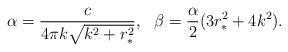
LaTeX: \begin{align*}\alpha=\frac{c}{4\pi k\sqrt{k^2+r_*^2}},\ \ \beta=\frac{\alpha}{2}(3r_*^2+4k^2).\end{align*}